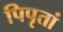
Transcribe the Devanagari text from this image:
पिपृतां